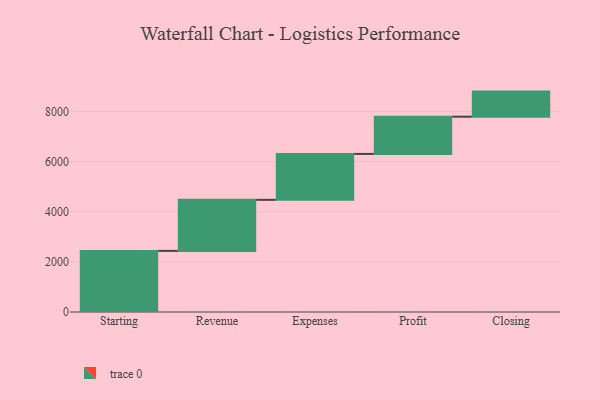
{"axis": {"x": "Step", "y": "Value"}, "legend": [""], "data": [{"x": "Starting", "y": 2436.0, "type": ""}, {"x": "Revenue", "y": 2035.0, "type": ""}, {"x": "Expenses", "y": 1831.0, "type": ""}, {"x": "Profit", "y": 1484.0, "type": ""}, {"x": "Closing", "y": 1000, "type": ""}]}